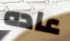
عاده